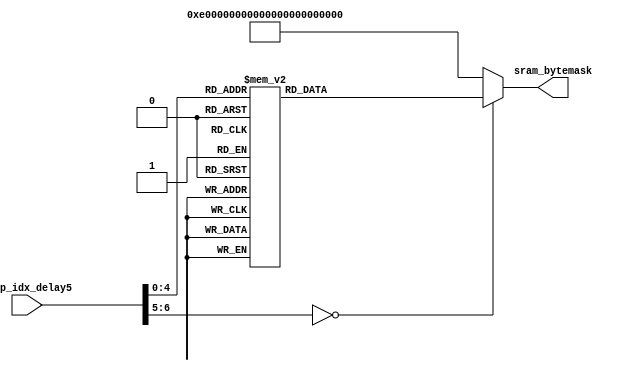
module write_LD_case #(
    parameter CH_NUM = 24,
    parameter ACT_PER_ADDR = 4,
    parameter BW_PER_ACT = 16,
    parameter WEIGHT_PER_ADDR = 216, 
    parameter BIAS_PER_ADDR = 1,
    parameter BW_PER_WEIGHT = 8,
    parameter BW_PER_BIAS = 8
)
(
    input [6:0] fmap_idx_delay5,
    output reg [CH_NUM*ACT_PER_ADDR-1:0] sram_bytemask
);

always@*  begin
    case(fmap_idx_delay5)
        7'd0:  sram_bytemask   = { {2{1'b1}} , {1'b0}, {93{1'b1}} };
        7'd1:  sram_bytemask   = { {6{1'b1}} , {1'b0}, {89{1'b1}} };
        7'd2:  sram_bytemask   = { {10{1'b1}}, {1'b0}, {85{1'b1}} };
        7'd3:  sram_bytemask   = { {14{1'b1}}, {1'b0}, {81{1'b1}} };
        7'd4:  sram_bytemask   = { {18{1'b1}}, {1'b0}, {77{1'b1}} };
        7'd5:  sram_bytemask   = { {22{1'b1}}, {1'b0}, {73{1'b1}} };
        7'd6:  sram_bytemask   = { {26{1'b1}}, {1'b0}, {69{1'b1}} };
        7'd7:  sram_bytemask   = { {30{1'b1}}, {1'b0}, {65{1'b1}} };
        7'd8:  sram_bytemask   = { {34{1'b1}}, {1'b0}, {61{1'b1}} };
        7'd9:  sram_bytemask   = { {38{1'b1}}, {1'b0}, {57{1'b1}} };
        7'd10: sram_bytemask   = { {42{1'b1}}, {1'b0}, {53{1'b1}} };
        7'd11: sram_bytemask   = { {46{1'b1}}, {1'b0}, {49{1'b1}} };
        7'd12: sram_bytemask   = { {50{1'b1}}, {1'b0}, {45{1'b1}} };
        7'd13: sram_bytemask   = { {54{1'b1}}, {1'b0}, {41{1'b1}} };
        7'd14: sram_bytemask   = { {58{1'b1}}, {1'b0}, {37{1'b1}} };
        7'd15: sram_bytemask   = { {62{1'b1}}, {1'b0}, {33{1'b1}} };
        7'd16: sram_bytemask   = { {66{1'b1}}, {1'b0}, {29{1'b1}} };
        7'd17: sram_bytemask   = { {70{1'b1}}, {1'b0}, {25{1'b1}} };
        7'd18: sram_bytemask   = { {74{1'b1}}, {1'b0}, {21{1'b1}} };
        7'd19: sram_bytemask   = { {78{1'b1}}, {1'b0}, {17{1'b1}} };
        7'd20: sram_bytemask   = { {82{1'b1}}, {1'b0}, {13{1'b1}} };
        7'd21: sram_bytemask   = { {86{1'b1}}, {1'b0}, {9{1'b1}}  };
        7'd22: sram_bytemask   = { {90{1'b1}}, {1'b0}, {5{1'b1}}  };
        7'd23: sram_bytemask   = { {94{1'b1}}, {1'b0}, {1{1'b1}}  };
        default: sram_bytemask = { {2{1'b1}} , {1'b0}, {93{1'b1}} };
    endcase
end

endmodule